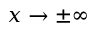
x \to \pm \infty